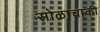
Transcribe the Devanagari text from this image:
सोळाचाकी